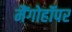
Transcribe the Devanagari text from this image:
मैंगोहॉपर